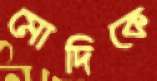
মোদিকে